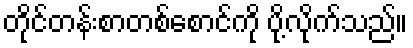
တိုင်တန်းစာတစ်စောင်ကို ပို့လိုက်သည်။